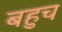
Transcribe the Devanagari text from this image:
बहुच